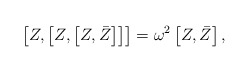
\begin{align*} \left[Z,\left[Z,\left[Z,\bar Z\right]\right]\right]= \omega^{2}\left[Z,\bar{Z}\right],\end{align*}